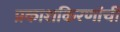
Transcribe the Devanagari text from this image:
प्रकाशकिरणांची